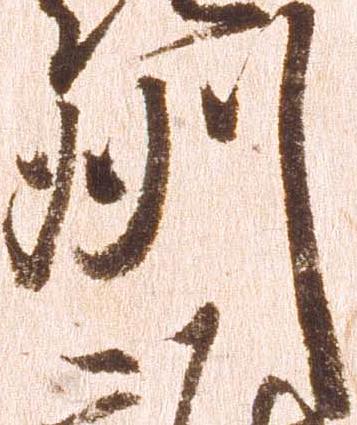
州